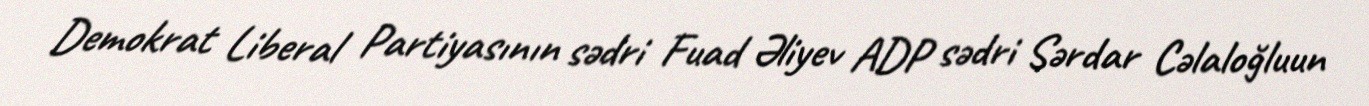
Demokrat Liberal Partiyasının sədri Fuad Əliyev ADP sədri Sərdar Cəlaloğluun